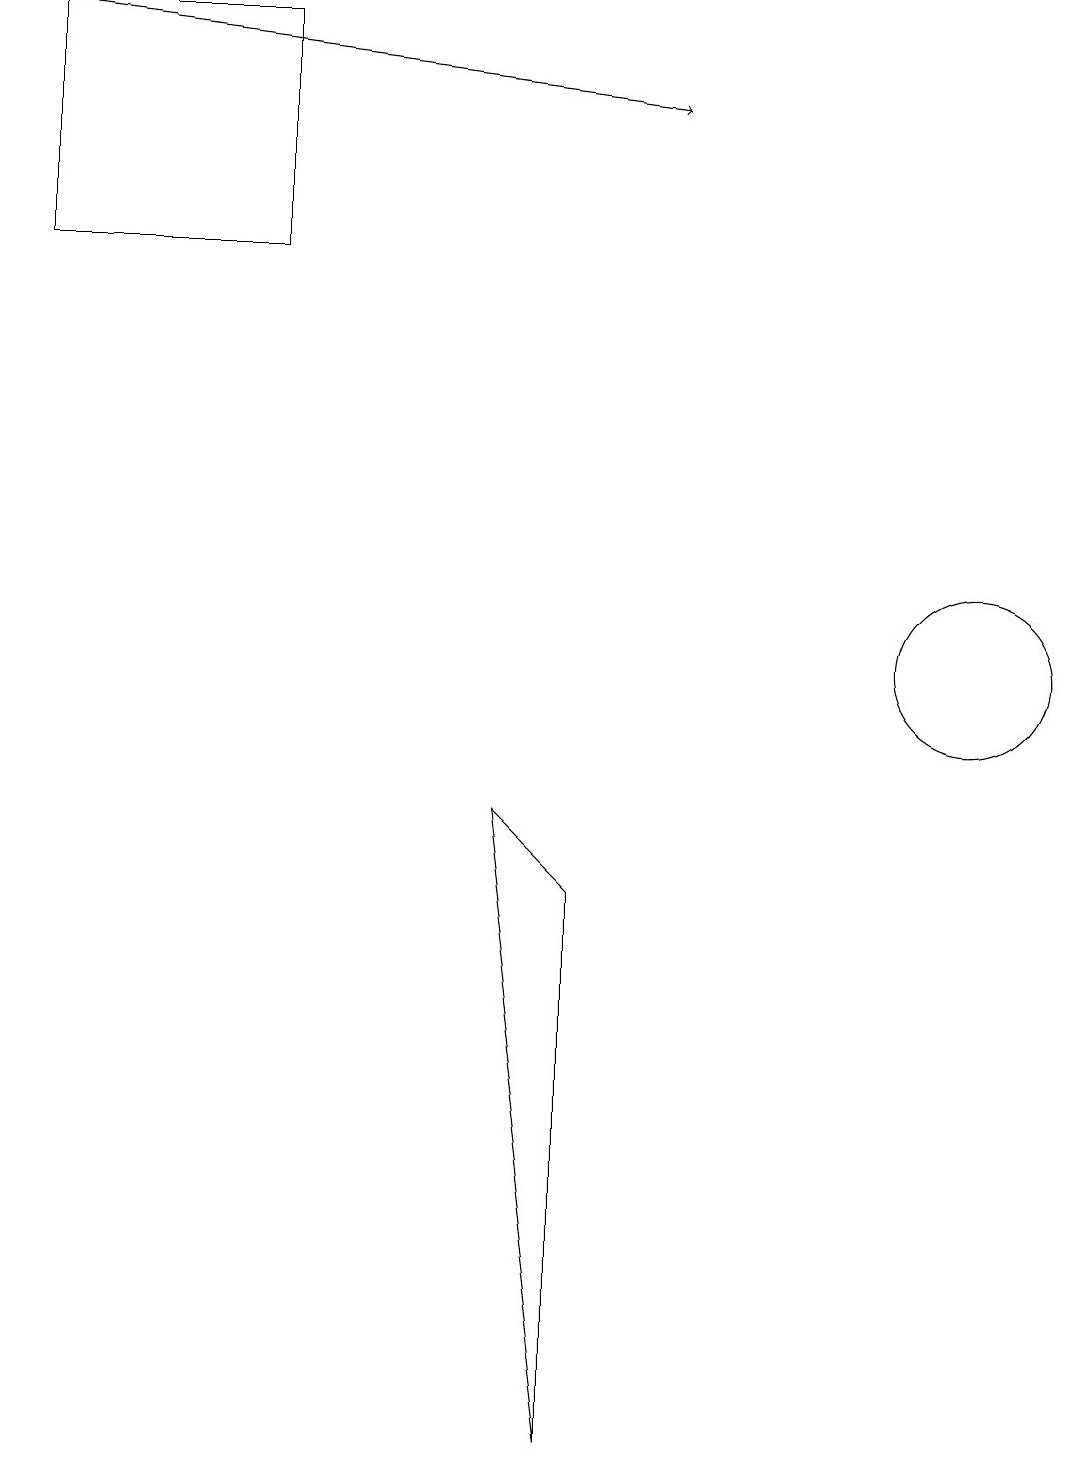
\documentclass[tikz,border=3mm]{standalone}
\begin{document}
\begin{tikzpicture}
\draw (12,11) circle (1);
\draw (6,9) -- (7,8) -- (7,1) -- cycle;
\draw (3,16) rectangle (0,19);
\draw[->] (0,19) -- (8,18);
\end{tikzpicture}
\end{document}